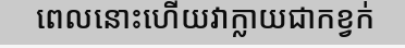
ពេលនោះហើយវាក្លាយជាកខ្វក់